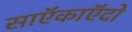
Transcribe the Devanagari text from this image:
साऍकाऍदो